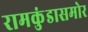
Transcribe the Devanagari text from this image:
रामकुंडासमोर